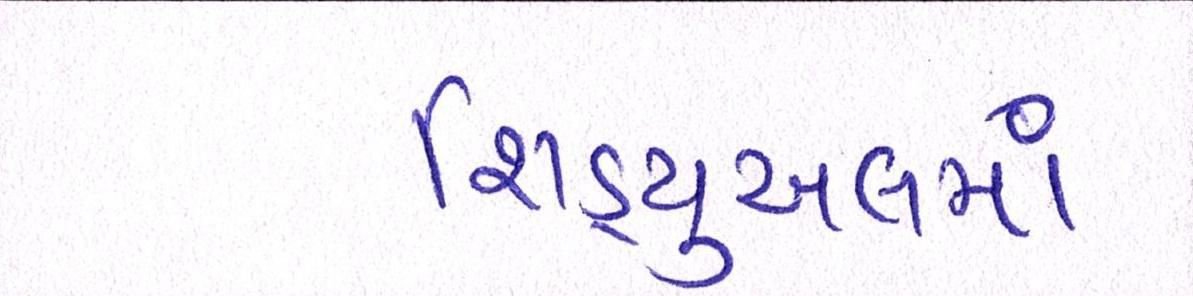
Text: શિડ્યુઅલમાં